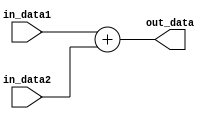
`timescale 1ns / 1ps
//////////////////////////////////////////////////////////////////////////////////
// Company: 
// Engineer: 
// 
// Design Name: 
// Module Name: Add2
// Project Name: 
// Target Devices: 
// Tool Versions: 
// Description: 
// 
// Dependencies: 
// 
// Revision:
// Revision 0.01 - File Created
// Additional Comments:
// 
//////////////////////////////////////////////////////////////////////////////////


module Add2(
in_data1,in_data2,out_data,
    );
    input [31:0]in_data1,in_data2;
    output [31:0]out_data;
    assign out_data=in_data1+in_data2;
endmodule